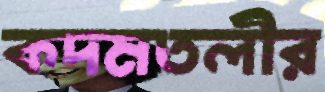
কদমতলীর